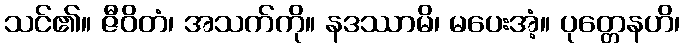
သင်၏။ ဇီဝိတံ၊ အသက်ကို။ နဒဿာမိ၊ မပေးအံ့။ ပုတ္တေနဟိ၊